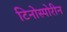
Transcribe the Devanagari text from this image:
टिनोस्पोरीन